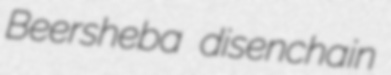
Beersheba disenchain